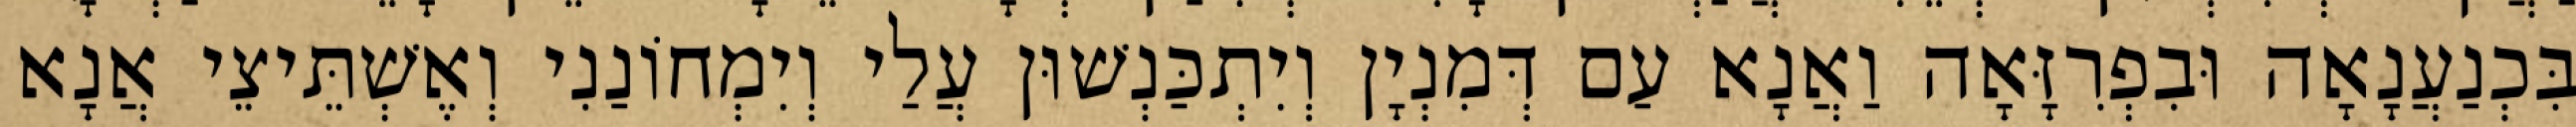
בִּכְנַעֲנָאָה וּבִפְרִזָּאָה וַאֲנָא עַם דְּמִנְיָן וְיִתְכַּנְשׁוּן עֲלַי וְיִמְחוֹנַנִי וְאֶשְׁתֵּיצֵי אֲנָא